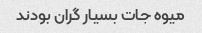
میوه جات بسیار گران بودند